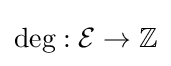
{\text{deg}}:{\mathcal {E}}\to \mathbb {Z}